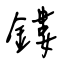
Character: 鏤